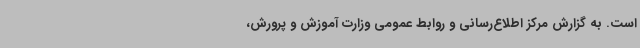
است. به گزارش مرکز اطلاع‌رسانی و روابط عمومی وزارت آموزش و پرورش،